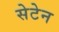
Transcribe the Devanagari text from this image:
सेटेन